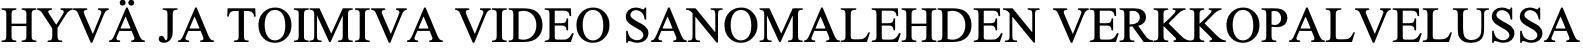
HYVÄ JA TOIMIVA VIDEO SANOMALEHDEN VERKKOPALVELUSSA